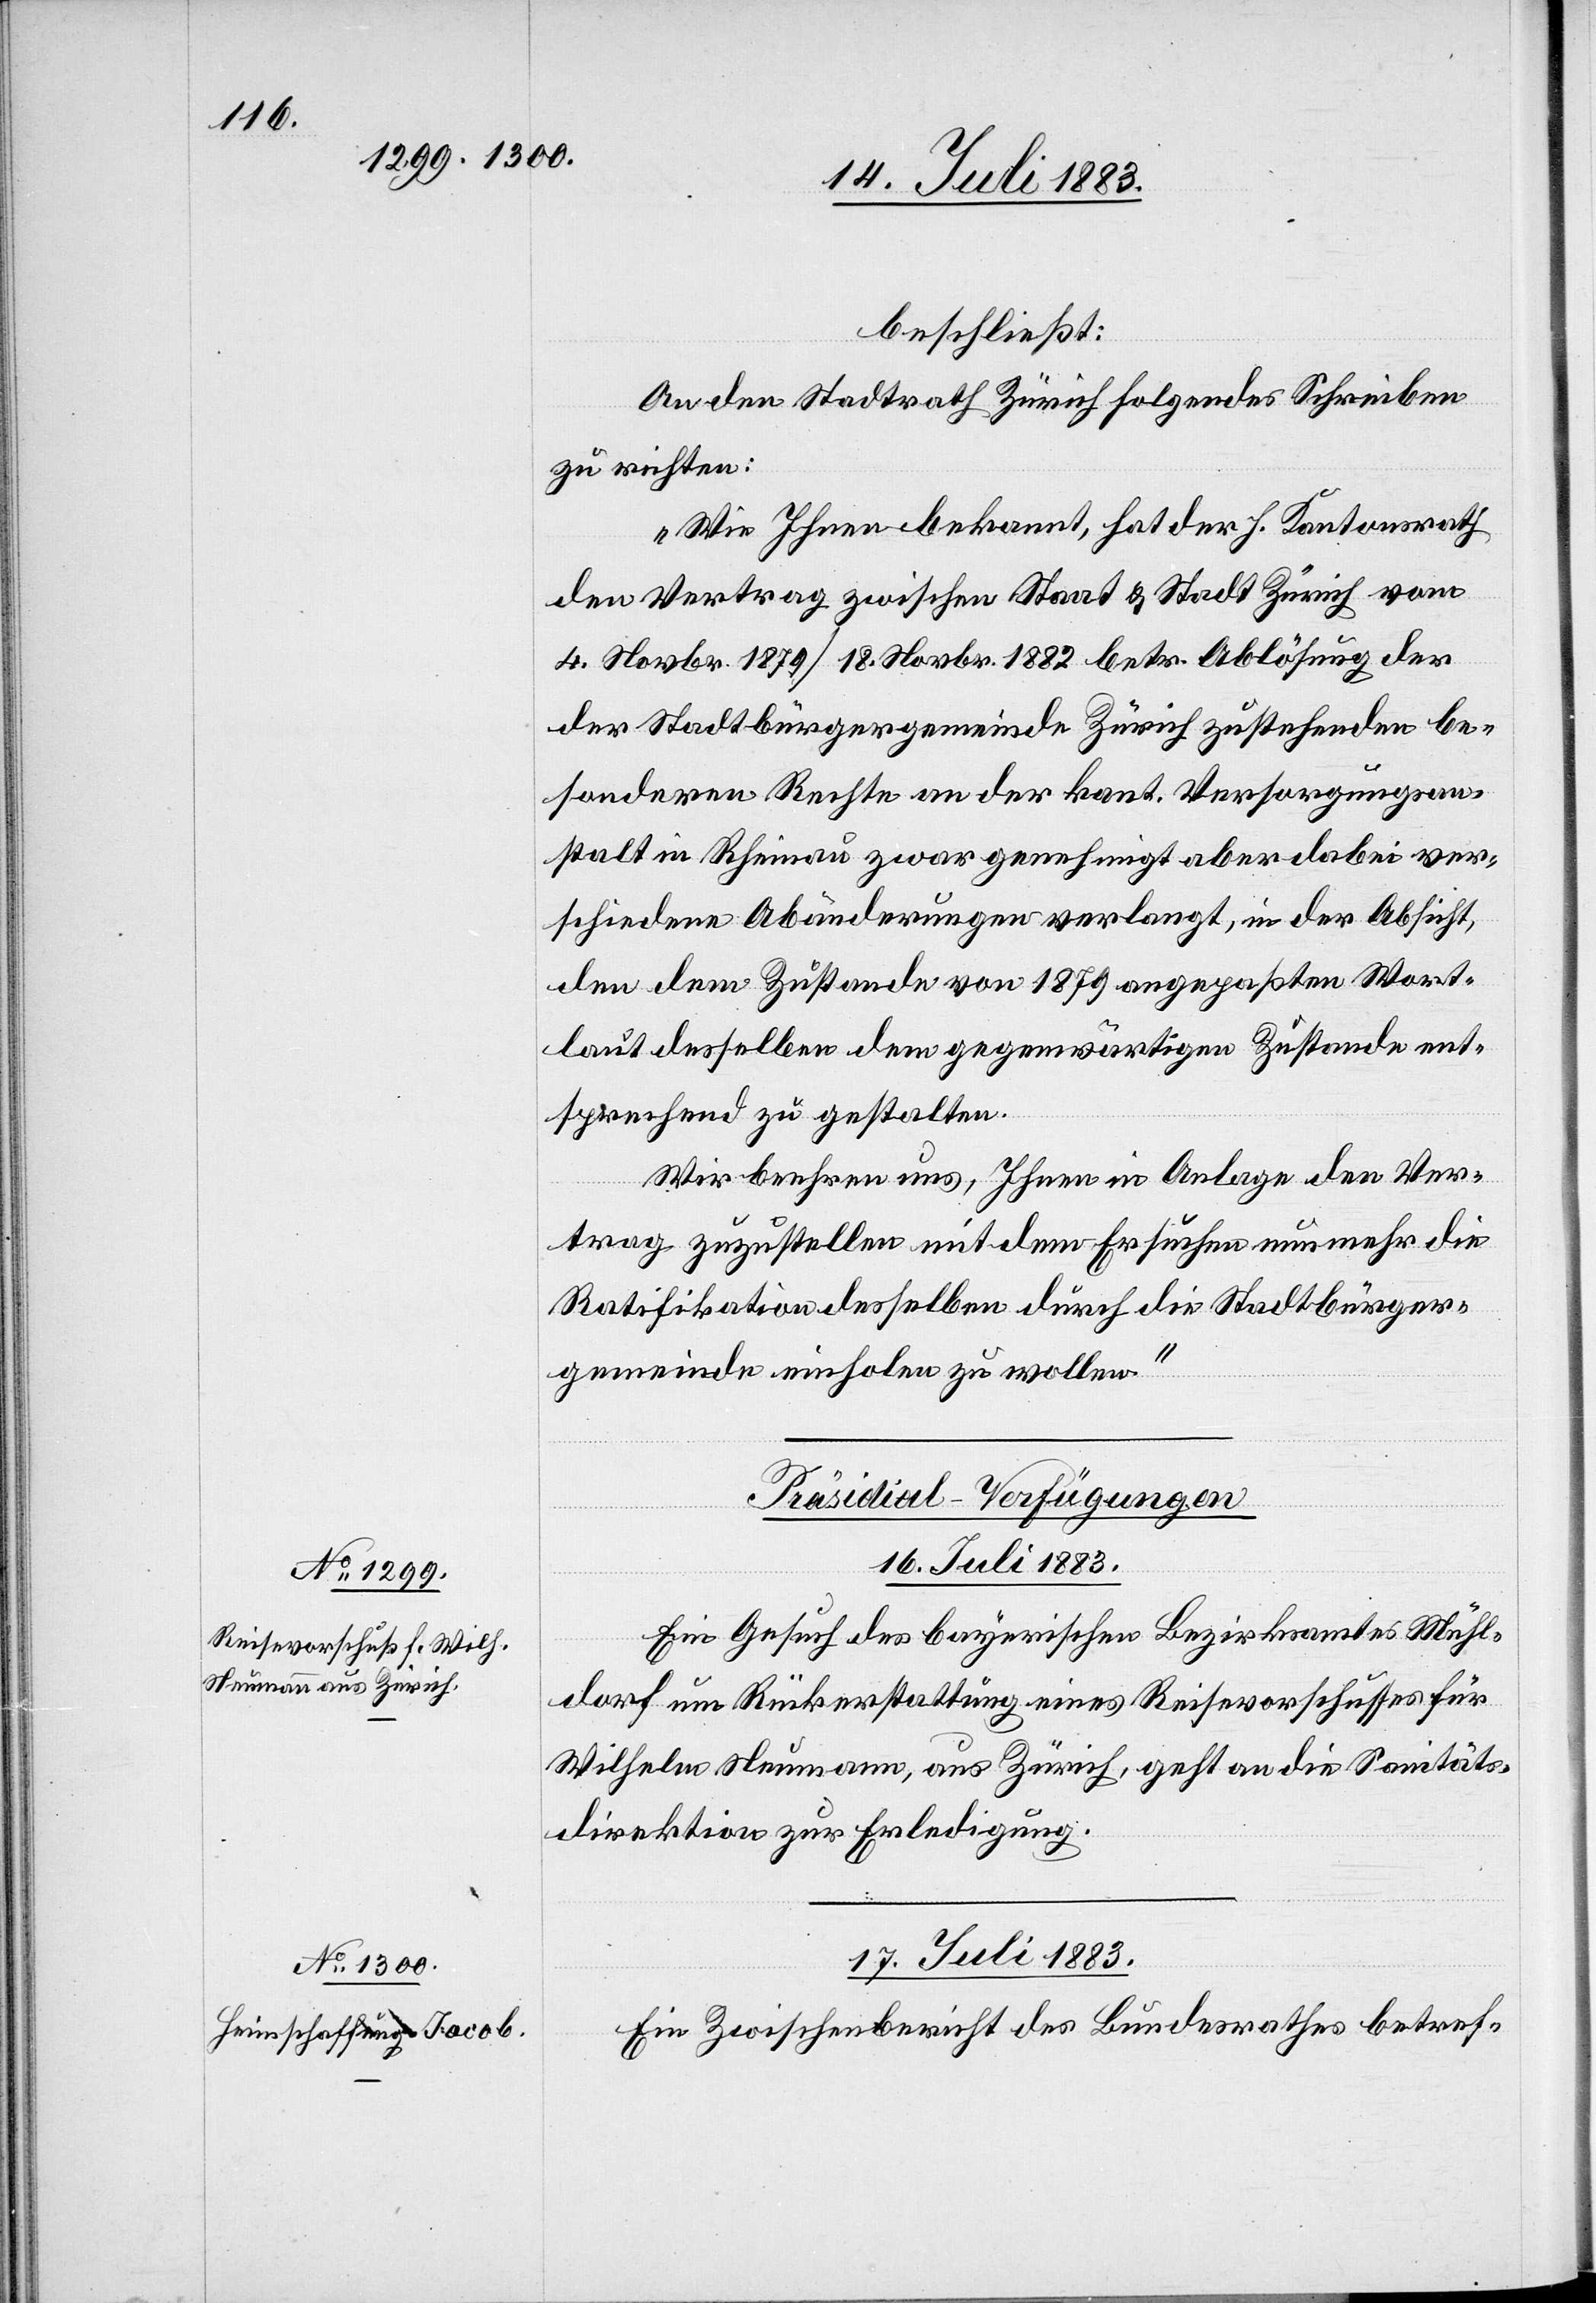
beschließt:
An den Stadtrath Zürich folgendes Schreiben
zu richten:
„Wie Ihnen bekannt, hat der h. Kantonsrath
den Vertrag zwischen Staat & Stadt Zürich vom
4 Novbr. 1879/18. Novbr. 1882 betr. Ablösung der
der Stadtbürgergemeinde Zürich zustehenden be¬
sonderen Rechte an der kant. Versorgungsan¬
stalt in Rheinau zwar genehmigt[,] aber dabei ver¬
schiedene Abänderungen verlangt, in der Absicht,
den dem Zustande von 1879 angepaßten Wort¬
laut desselben dem gegenwärtigen Zustande ent¬
sprechend zu gestalten.
Wir beehren uns, Ihnen in Anlage den Ver¬
trag zuzustellen mit dem Ersuchen nunmehr die
Ratifikation desselben durch die Stadtbürger¬
gemeinde einholen zu wollen.“
[Präsidial-Verfügungen]
16. Juli 1883.
Ein Gesuch des bayerischen Bezirksamtes Mühl¬
dorf um Rückerstattung eines Reisevorschusses für
Wilhelm Neumann, aus Zürich, geht an die Sanitäts¬
direktion zur Erledigung.
17. Juli 1883.
Ein Zwischenbericht des Bundesrathes betref-